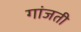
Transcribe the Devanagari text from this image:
गांजती